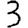
Digit: 3